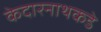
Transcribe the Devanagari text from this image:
केदारनाथकडे